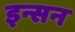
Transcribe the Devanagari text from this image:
इन्सन